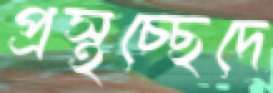
প্রস্থচ্ছেদে